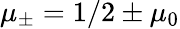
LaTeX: \mu_{\pm}=1/2\pm\mu_{0}